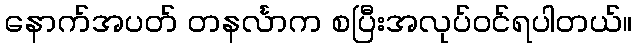
နောက်အပတ် တနင်္လာက စပြီးအလုပ်ဝင်ရပါတယ်။